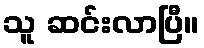
သူ ဆင်းလာပြီ။